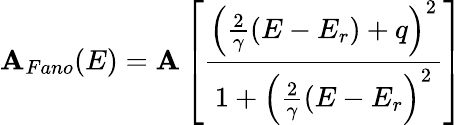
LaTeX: \mathbf{A}_{Fano}(E)=\mathbf{A}\left[\frac{{\left(\frac{{2}}{{\gamma}}(E-E_{r})+q\right)^{2}}}{{1+\left(\frac{{2}}{{\gamma}}(E-E_{r}\right)^{2}}}\right]